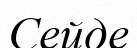
Сейде